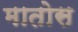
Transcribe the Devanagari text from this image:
मातोस